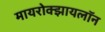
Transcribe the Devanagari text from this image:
मायरोक्झायलॉन